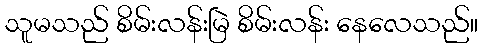
သူမသည် စိမ်းလန်းမြဲ စိမ်းလန်း နေလေသည်။